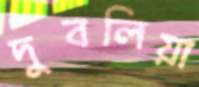
দুবলিয়া